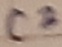
Text: C3